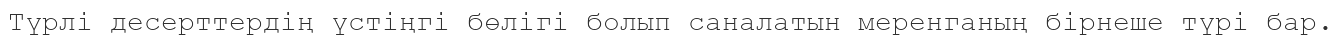
Түрлі десерттердің үстіңгі бөлігі болып саналатын меренганың бірнеше түрі бар.